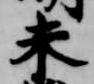
未